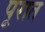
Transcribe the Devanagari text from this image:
पूरात